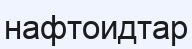
нафтоидтар